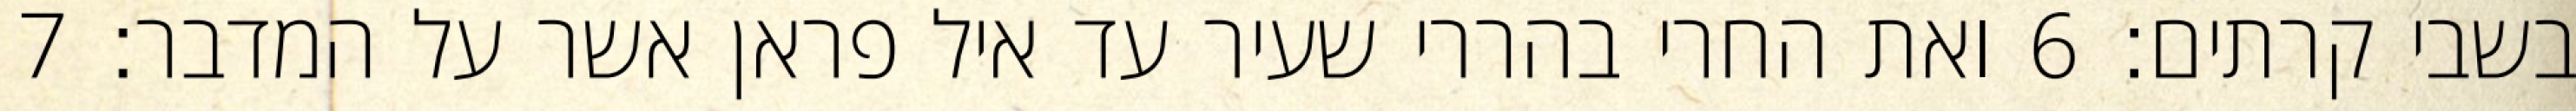
בשבי קרתים׃ ‎6‏ ואת החרי בהררי שעיר עד איל פראן אשר על המדבר׃ ‎7‏